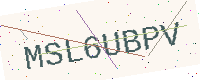
Text: MSL6UBPV